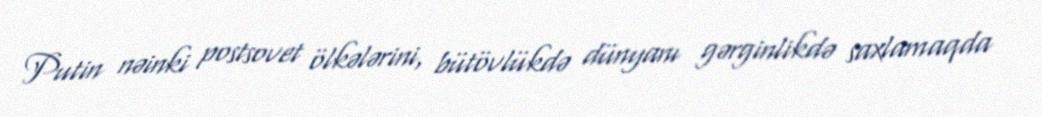
Putin nəinki postsovet ölkələrini, bütövlükdə dünyanı gərginlikdə saxlamaqda